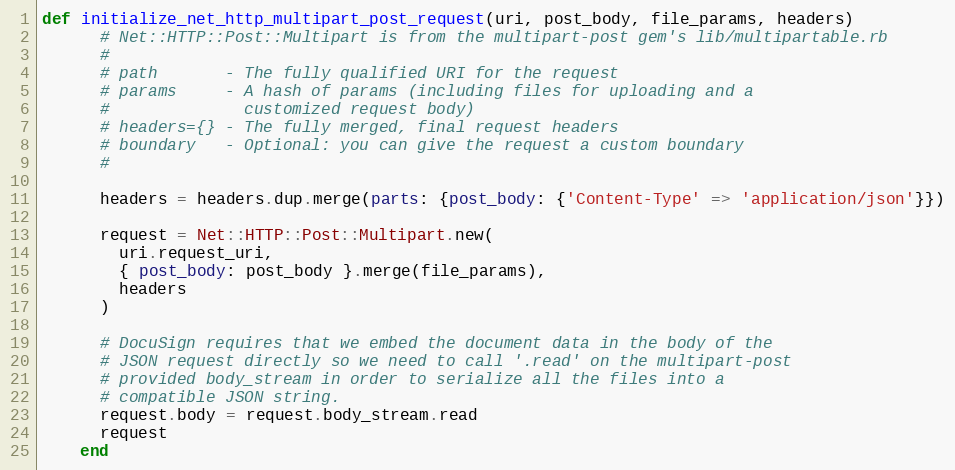
Language: Ruby
def initialize_net_http_multipart_post_request(uri, post_body, file_params, headers)
      # Net::HTTP::Post::Multipart is from the multipart-post gem's lib/multipartable.rb
      #
      # path       - The fully qualified URI for the request
      # params     - A hash of params (including files for uploading and a
      #              customized request body)
      # headers={} - The fully merged, final request headers
      # boundary   - Optional: you can give the request a custom boundary
      #

      headers = headers.dup.merge(parts: {post_body: {'Content-Type' => 'application/json'}})

      request = Net::HTTP::Post::Multipart.new(
        uri.request_uri,
        { post_body: post_body }.merge(file_params),
        headers
      )

      # DocuSign requires that we embed the document data in the body of the
      # JSON request directly so we need to call '.read' on the multipart-post
      # provided body_stream in order to serialize all the files into a
      # compatible JSON string.
      request.body = request.body_stream.read
      request
    end